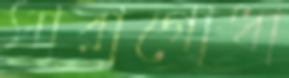
সারাগোধা